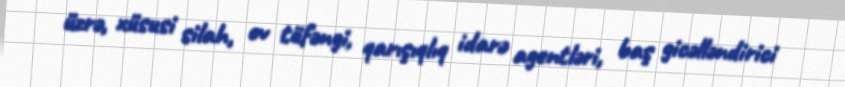
üzrə, xüsusi silah, ov tüfəngi, qarışıqlıq idarə agentləri, baş gicəlləndirici